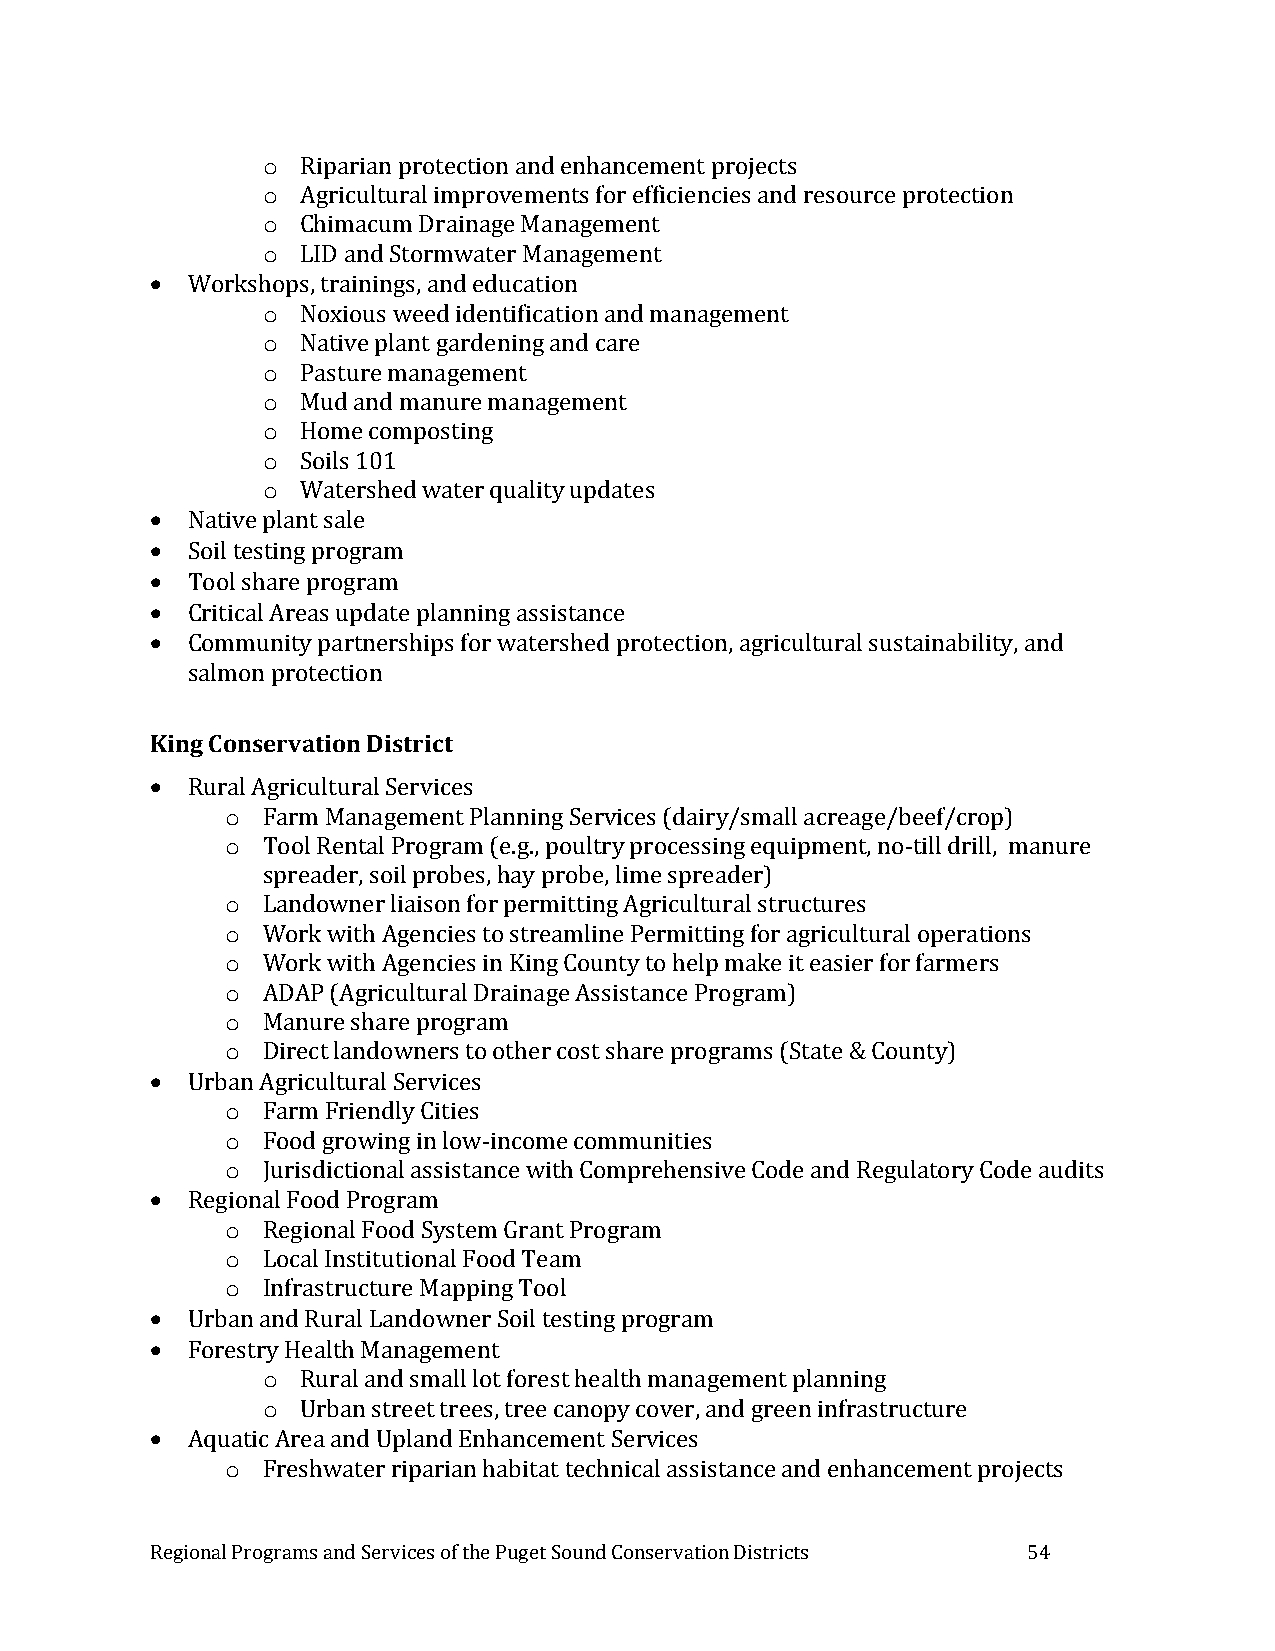
o  Riparian protection and enhancement projects
 o  Agricultural improvements for efficiencies and resource protection
 o  Chimacum Drainage Management
 o  LID and Stormwater Management
  Workshops, trainings, and education
 o  Noxious weed identification and management
 o  Native plant gardening and care
 o  Pasture management
 o  Mud and manure management
 o  Home composting
 o  Soils 101
 o  Watershed water quality updates
  Native plant sale
  Soil testing program
  Tool share program
  Critical Areas update planning assistance
  Community partnerships for watershed protection, agricultural sustainability, and
 salmon protection
 King Conservation District
  Rural Agricultural Services
 o Farm Management Planning Services (dairy/small acreage/beef/crop)
 o Tool Rental Program (e.g., poultry processing equipment, no-till drill, manure
 spreader, soil probes, hay probe, lime spreader)
 o Landowner liaison for permitting Agricultural structures
 o Work with Agencies to streamline Permitting for agricultural operations
 o Work with Agencies in King County to help make it easier for farmers
 o ADAP (Agricultural Drainage Assistance Program)
 o Manure share program
 o Direct landowners to other cost share programs (State & County)
  Urban Agricultural Services
 o Farm Friendly Cities
 o Food growing in low-income communities
 o Jurisdictional assistance with Comprehensive Code and Regulatory Code audits
  Regional Food Program
 o Regional Food System Grant Program
 o Local Institutional Food Team
 o Infrastructure Mapping Tool
  Urban and Rural Landowner Soil testing program
  Forestry Health Management
 o  Rural and small lot forest health management planning
 o  Urban street trees, tree canopy cover, and green infrastructure
  Aquatic Area and Upland Enhancement Services
 o Freshwater riparian habitat technical assistance and enhancement projects
 Regional Programs and Services of the Puget Sound Conservation Districts 54